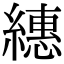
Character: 繐